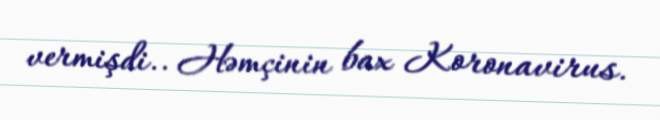
vermişdi.. Həmçinin bax Koronavirus.